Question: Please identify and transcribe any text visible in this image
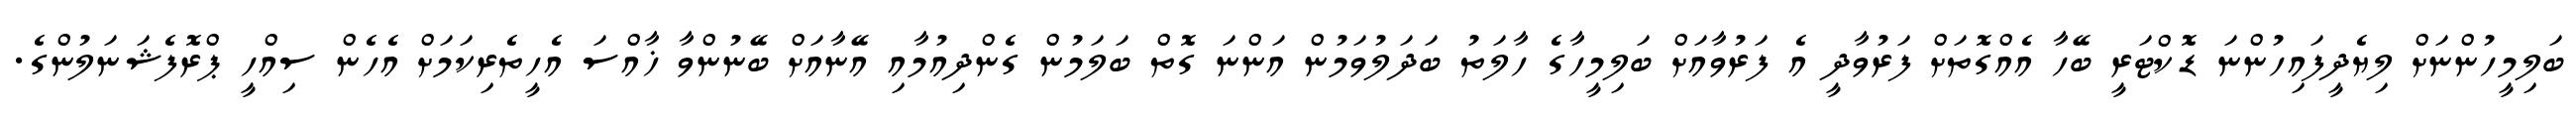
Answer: ބަލިމީހުންނަށް ލިޔެދީފައިހުންނަ ޑޮކްޓަރީ ބޭހާ އެއްގޮތަށް ފަރުވާދީ އެ ފަރުވާއަށް ބަލިމީހާގެ ހާލަތު ބަދަލުވަމުން އަންނަ ގޮތް ބަލަމުން ގެންދިއުމާއި އޭނާއަށް ބޭނުންވާ ޚާއްސަ އެހީތެރިކަމަށް އެހެން ސިއްހީ ޕްރޮފެޝަނަލުންގެ.